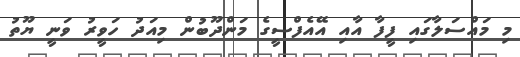
މި މައްސަލާގައި ފީފާ އާއި އޭއެފްސީގެ މަންދޫބުން މިއަދު ހަވީރު ވަނީ ޔޫތު